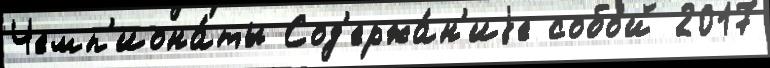
Чемп'иона́ты Сод'ержа́н'иjе собо́й 2017